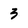
Character: 3